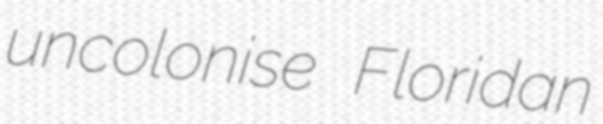
uncolonise Floridan